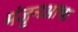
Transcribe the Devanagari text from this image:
मंजुनआथा